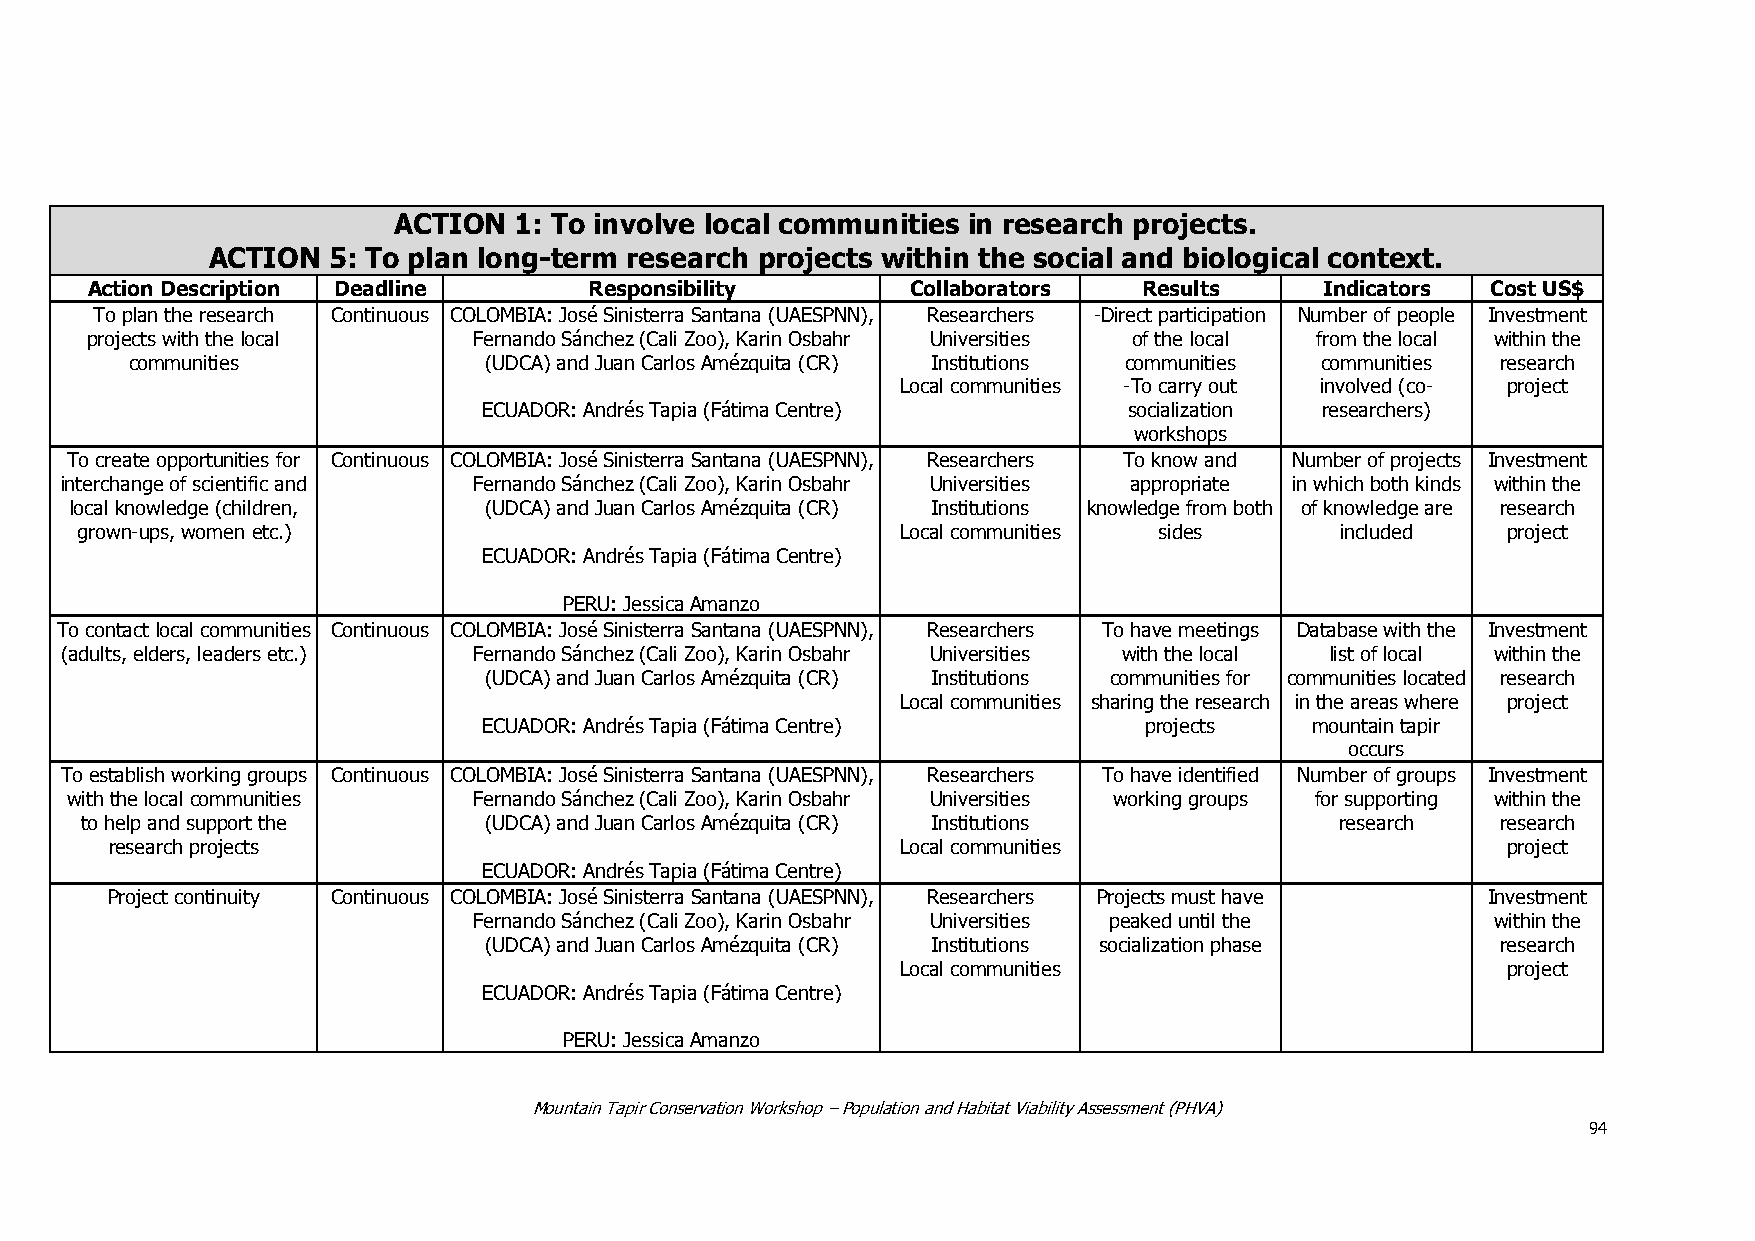
ACTION  1: To involve local communities in research projects.
 ACTION  5: To plan long-term research projects within the social and biological context.
 Action Description Deadline      Responsibility       Collaborators   Results     Indicators Cost US$
 To plan the research Continuous COLOMBIA: José Sinisterra Santana (UAESPNN), Researchers -Direct participation Number of people Investment
 projects with the local  Fernando Sánchez (Cali Zoo), Karin Osbahr Universities of the local from the local within the
 communities            (UDCA) and Juan Carlos Amézquita (CR) Institutions communities communities research
 Local communities -To carry out involved (co- project
 ECUADOR: Andrés Tapia (Fátima Centre)      socialization researchers)
 workshops
 To create opportunities for Continuous COLOMBIA: José Sinisterra Santana (UAESPNN), Researchers To know and Number of projects Investment
 interchange of scientific and Fernando Sánchez (Cali Zoo), Karin Osbahr Universities appropriate in which both kinds within the
 local knowledge (children, (UDCA) and Juan Carlos Amézquita (CR) Institutions knowledge from both of knowledge are research
 grown-ups, women etc.)                                 Local communities sides      included   project
 ECUADOR: Andrés Tapia (Fátima Centre)
 PERU: Jessica Amanzo
 To contact local communities Continuous COLOMBIA: José Sinisterra Santana (UAESPNN), Researchers To have meetings Database with the Investment
 (adults, elders, leaders etc.) Fernando Sánchez (Cali Zoo), Karin Osbahr Universities with the local list of local within the
 (UDCA) and Juan Carlos Amézquita (CR) Institutions communities for communities located research
 Local communities sharing the research in the areas where project
 ECUADOR: Andrés Tapia (Fátima Centre)       projects   mountain tapir
 occurs
 To establish working groups Continuous COLOMBIA: José Sinisterra Santana (UAESPNN), Researchers To have identified Number of groups Investment
 with the local communities Fernando Sánchez (Cali Zoo), Karin Osbahr Universities working groups for supporting within the
 to help and support the    (UDCA) and Juan Carlos Amézquita (CR) Institutions       research  research
 research projects                                    Local communities                       project
 ECUADOR: Andrés Tapia (Fátima Centre)
 Project continuity Continuous COLOMBIA: José Sinisterra Santana (UAESPNN), Researchers Projects must have Investment
 Fernando Sánchez (Cali Zoo), Karin Osbahr Universities peaked until the within the
 (UDCA) and Juan Carlos Amézquita (CR) Institutions socialization phase research
 Local communities                       project
 ECUADOR: Andrés Tapia (Fátima Centre)
 PERU: Jessica Amanzo
 Mountain Tapir Conservation Workshop – Population and Habitat Viability Assessment (PHVA)
 94